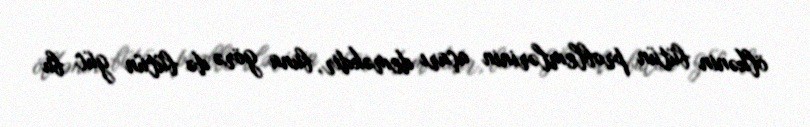
ölkənin bütün problemlərinin açarı deməkdir, buna görə də bütün güc bu